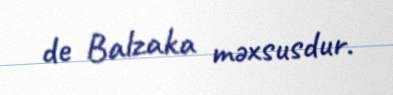
de Balzaka məxsusdur.